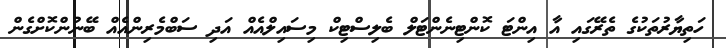
ހަތިޔާރުތަކުގެ ތެރޭގައި އާ އިންޓަ ކޮންޓިނެންޓަލް ބެލިސްޓިކް މިސައިލްއެއް އަދި ސަބްމެރިންއެއް ބޭނުންކޮށްގެން